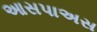
આસપાઅસ